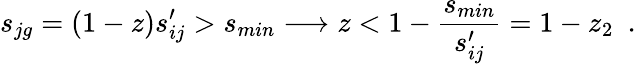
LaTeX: s_{jg}=(1-z)s_{ij}^{\prime}>s_{min}\longrightarrow z<1-\frac{s_{min}}{s_{ij}^{\prime}}=1-z_{2}\, \, \, .